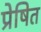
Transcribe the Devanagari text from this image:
प्रेषित